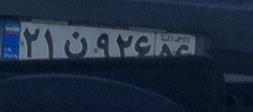
۲۱ن۹۲۶۵۶